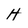
Character: H